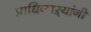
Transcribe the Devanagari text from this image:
प्राधिकाऱ्यांनी